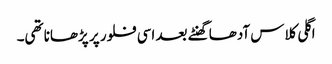
اگلی کلاس آدھا گھنٹے بعد اسی فلور پر پڑھانا تھی۔